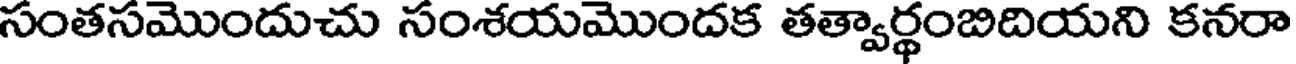
సంతసమొందుచు సంశయమొందక తత్వార్థంబిదియని కనరా